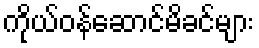
ကိုယ်ဝန်ဆောင်မိခင်များ